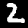
Digit: 2